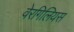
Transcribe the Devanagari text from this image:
वेरगिलियस